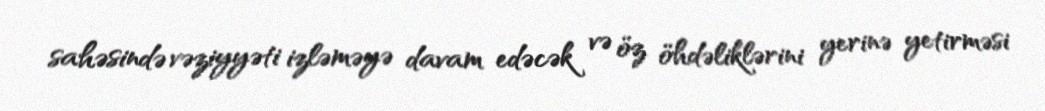
sahəsində vəziyyəti izləməyə davam edəcək və öz öhdəliklərini yerinə yetirməsi